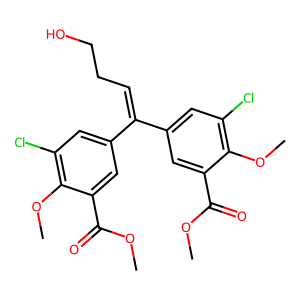
SMILES: COC(=O)c1cc(C(=CCCO)c2cc(Cl)c(OC)c(C(=O)OC)c2)cc(Cl)c1OC
Inhibits HIV replication: No